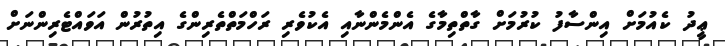
ޢީދު ކެއުމަށް އިންސާފު ކުރުމަށް ގާތްތިމާގެ އެންމެންނާއި އެކުވެރި ރަހްމަތްތެރިންގެ އިތުރުން އަވައްޓެރިންނަށް